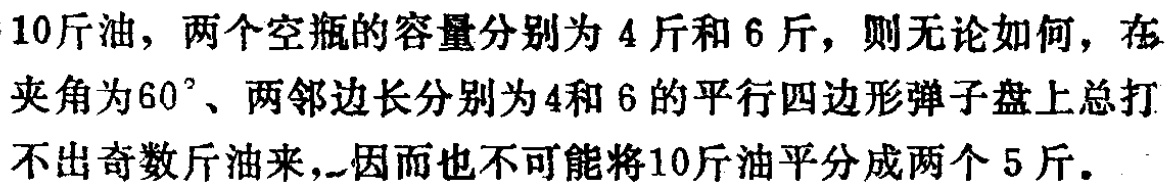
10斤油，两个空瓶的容量分别为 4 斤和 6 斤，则无论如何，在夹角为$60^{\circ}$、两邻边长分别为 4 和 6 的平行四边形弹子盘上总打不出奇数斤油来，因而也不可能将10斤油平分成两个 5 斤。